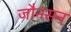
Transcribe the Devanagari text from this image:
जौनसन